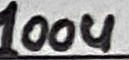
Text: 100u